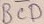
Text: BCD